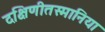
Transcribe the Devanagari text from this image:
दक्षिणीतस्मानिया